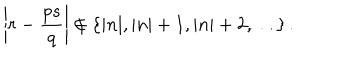
LaTeX: \left| r - \frac { p s } { q } \right| \not \in \{ | n | , | n | + 1 , | n | + 2 , \ldots \} \, .